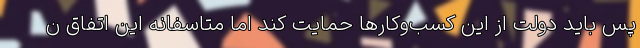
پس باید دولت از این کسب‌وکارها حمایت کند اما متاسفانه این اتفاق ن